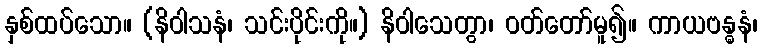
နှစ်ထပ်သော။ (နိဝါသနံ၊ သင်းပိုင်းကို။) နိဝါသေတွာ၊ ဝတ်တော်မူ၍။ ကာယဗန္ဓနံ၊